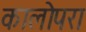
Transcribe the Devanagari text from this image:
कालोपरा